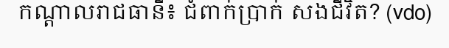
កណ្តាលរាជធានី៖ ជំពាក់ប្រាក់ សងជីវិត? (vdo)